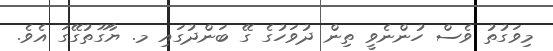
މިވަގުތު ވެސް ހުންނެވީ ތިން ދުވަހުގެ ގޭ ބަންދުގައި މ. ޔާގޫތުގޭގަ އެވެ.